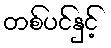
တစ်ပင်နှင့်